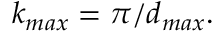
k _ { m a x } = \pi / d _ { m a x } .